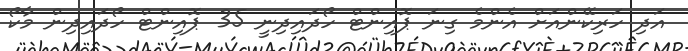
އަދި ހަރިކޭންއަށް އެންމެ ގިނަ ޕޮއިންޓް ހޯދައިދިނީ 35 ޕޮއިންޓް ހޯދައިދިން މާކޯ